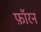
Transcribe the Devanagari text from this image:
फ़ॉरन